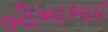
ભીખાભાઈ